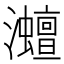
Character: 灗